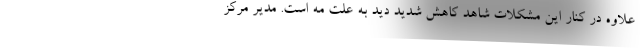
علاوه در کنار این مشکلات شاهد کاهش شدید دید به علت مه است. مدیر مرکز